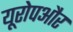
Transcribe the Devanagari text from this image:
यूरोपऔर